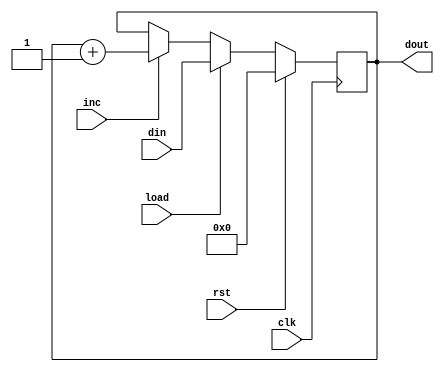
module pc(clk,rst,load,inc,din,dout);
  input clk,rst,load,inc;
  input [5:0] din;
  output [5:0] dout;
  
  reg [5:0] d;
  
  assign dout = d;
  
  always @(posedge clk)
  begin
    if(rst)
      d = 6'd0;
    else if(load)
      d = din;
    else if(inc)
      d = d + 1;
  end
  
endmodule